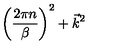
\biggl ( { \frac { 2 \pi n } { \beta } } \biggr ) ^ { 2 } + \vec { k } ^ { 2 }